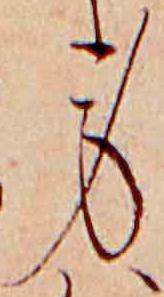
身